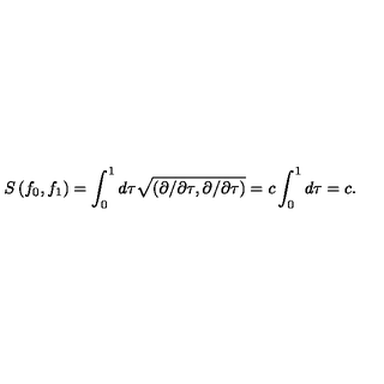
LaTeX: S \left( f _ { 0 } , f _ { 1 } \right) = \int _ { 0 } ^ { 1 } d \tau \sqrt { \left( \partial / \partial \tau , \partial / \partial \tau \right) } = c \int _ { 0 } ^ { 1 } d \tau = c .